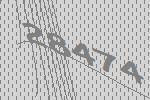
28474